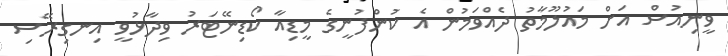
ވީނިއުސް އަށް މައުލޫމާތު ދެއްވަމުން އެ ކުންފުނީގެ މީޑިއާ ކޯޑިނޭޓަރު ވިދާޅުވީ އިނގިރޭސި